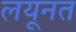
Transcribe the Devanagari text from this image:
लयूनत